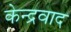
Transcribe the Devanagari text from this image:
केन्द्रवाद